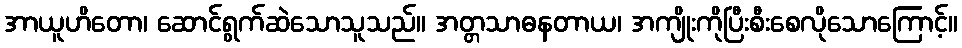
အာယူဟိတော၊ ဆောင်ရွက်ဆဲသောသူသည်။ အတ္တသာဓနတာယ၊ အကျိုးကိုပြီးစီးစေလိုသောကြောင့်။